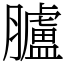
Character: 臚